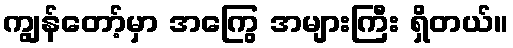
ကျွန်တော့်မှာ အကြွေ အများကြီး ရှိတယ်။